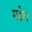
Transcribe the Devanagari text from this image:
मडेल